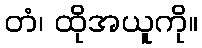
တံ၊ ထိုအယူကို။